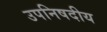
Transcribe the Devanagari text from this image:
उपनिषदीय